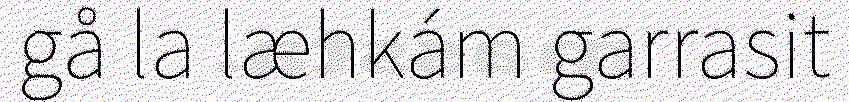
gå la læhkám garrasit